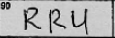
Transcription: RRU